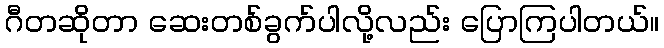
ဂီတဆိုတာ ဆေးတစ်ခွက်ပါလို့လည်း ပြောကြပါတယ်။